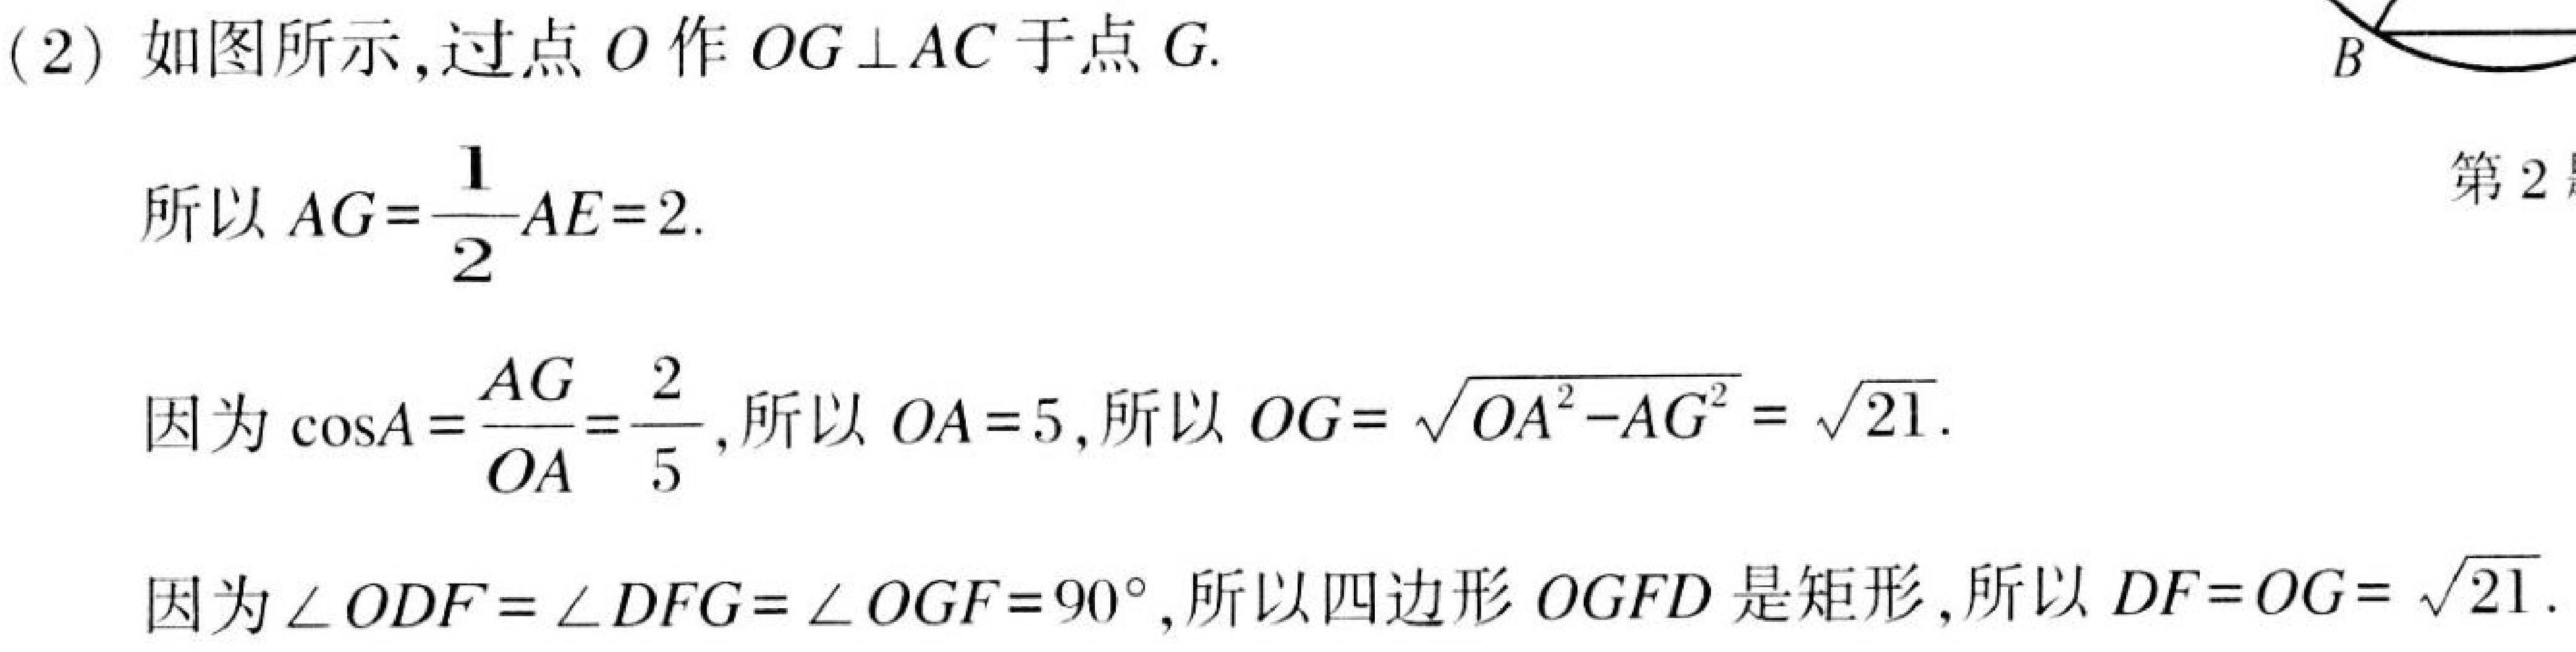
(2) 如图所示,过点\(O\)作\(OG\perp AC\)于点\(G\).
所以\(AG = \dfrac{1}{2}AE = 2\).
因为\(\cos A=\dfrac{AG}{OA}=\dfrac{2}{5}\),所以\(OA = 5\),所以\(OG=\sqrt{OA^{2}-AG^{2}}=\sqrt{21}\).
因为\(\angle ODF=\angle DFG=\angle OGF = 90^{\circ}\),所以四边形\(OGFD\)是矩形,所以\(DF = OG=\sqrt{21}\).